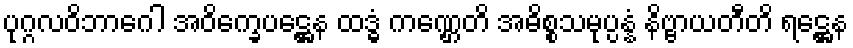
ပုဂ္ဂလဝိဘာဂေါ အဝိက္ခေပဋ္ဌေန ထဒ္ဓံ ကဏ္ဌေတိ အဓိစ္စသမုပ္ပန္နံ နိဗ္ဗာယတီတိ ရဋ္ဌေန